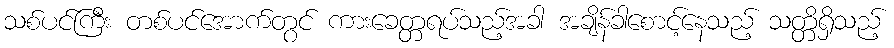
သစ်ပင်ကြီး တစ်ပင်အောက်တွင် ကားခေတ္တရပ်သည့်အခါ အချိန်ခါစောင့်နေသည့် သတ္တိရှိသည့်